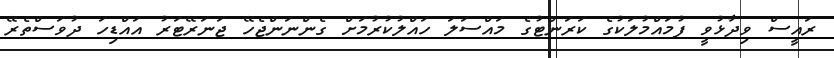
ރައީސް ވިދާޅުވީ ފުމައްމުލަކުގެ ކަރަންޓުގެ މައްސަލަ ހައްލުކުރުމަށް ގެންނަންޖެހޭ ޖަނަރޭޓަރު އައްޑިހަ ދުވަސްތެރޭ